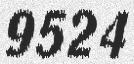
9524